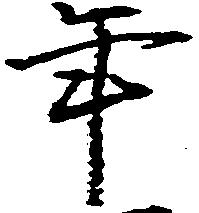
年